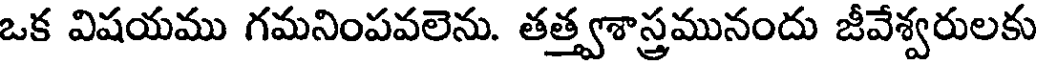
ఒక విషయము గమనింపవలెను. తత్త్వశాస్త్రమునందు జీవేశ్వరులకు